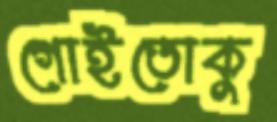
গোইতোকু